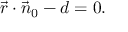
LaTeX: { \vec { r } } \cdot { \vec { n } } _ { 0 } - d = 0 .